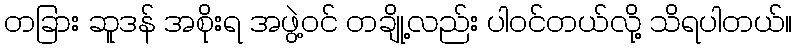
တခြား ဆူဒန် အစိုးရ အဖွဲ့ဝင် တချို့လည်း ပါဝင်တယ်လို့ သိရပါတယ်။